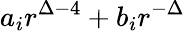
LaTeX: a_{i}r^{\Delta-4}+b_{i}r^{-\Delta}